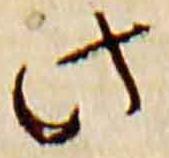
此